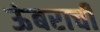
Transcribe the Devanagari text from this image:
ऊंबराची